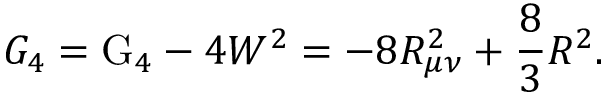
{ \cal G } _ { 4 } = \mathrm { G } _ { 4 } - 4 W ^ { 2 } = - 8 R _ { \mu \nu } ^ { 2 } + \frac { 8 } { 3 } R ^ { 2 } .